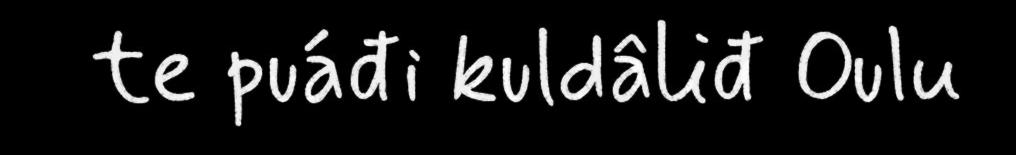
te puáđi kuldâliđ Oulu